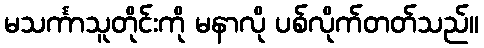
မသင်္ကာသူတိုင်းကို မနာလို ပစ်လိုက်တတ်သည်။